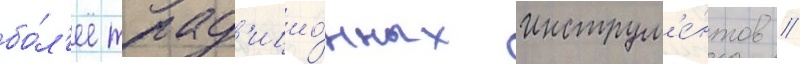
бо́л'ее трад'ицио́нных инструм'е́нтов /